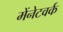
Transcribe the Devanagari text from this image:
मेंनेटवर्क